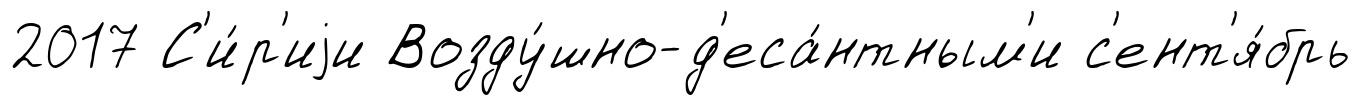
2017 С'и́р'иjи Возду́шно-д'еса́нтным'и с'ент'я́брь